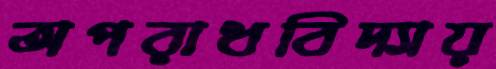
অপরাধবিদ্যায়